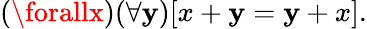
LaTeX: (\forallx)(\forall\mathbf{y})[x+\mathbf{y}=\mathbf{y}+x].